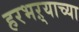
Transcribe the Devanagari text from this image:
हरभऱ्याच्या